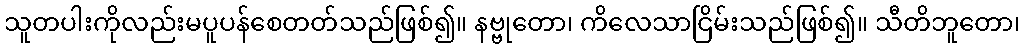
သူတပါးကိုလည်းမပူပန်စေတတ်သည်ဖြစ်၍။ နဗ္ဗုတော၊ ကိလေသာငြိမ်းသည်ဖြစ်၍။ သီတိဘူတော၊